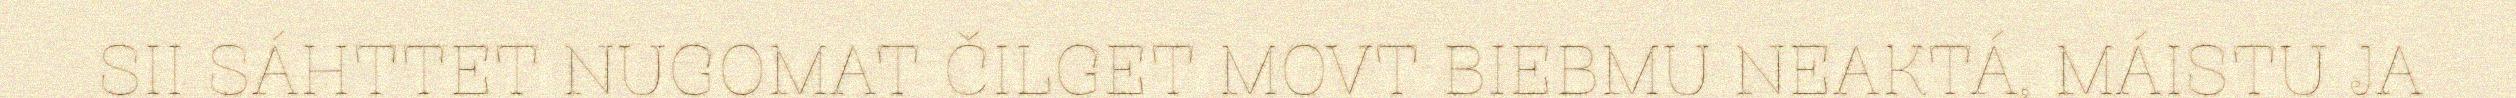
SII SÁHTTET NUGOMAT ČILGET MOVT BIEBMU NEAKTÁ, MÁISTU JA